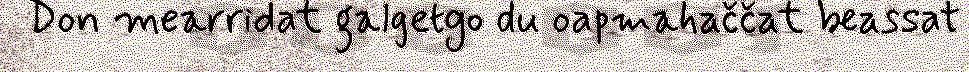
Don mearridat galgetgo du oapmahaččat beassat